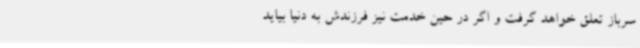
سرباز تعلق خواهد گرفت و اگر در حین خدمت نیز فرزندش به دنیا بیاید